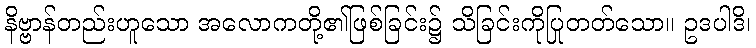
နိဗ္ဗာန်တည်းဟူသော အလောကတို့၏ဖြစ်ခြင်း၌ သိခြင်းကိုပြုတတ်သော။ ဥဒပါဒိ၊